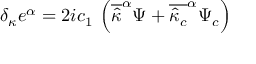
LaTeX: \delta _ { \kappa } e ^ { \alpha } = 2 i c _ { 1 } \: \left( \overline { { { \widehat { \kappa } } } } ^ { \alpha } \Psi + \overline { { { \widehat { \kappa } _ { c } } } } ^ { \alpha } \Psi _ { c } \right)